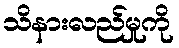
သိနားလည်မှုကို